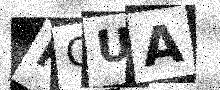
Text: ROUA